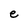
Character: e